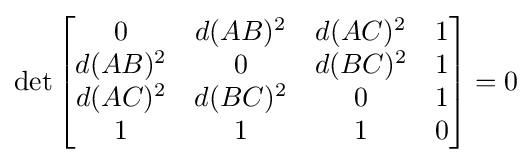
\det {\begin{bmatrix}0&d(AB)^{2}&d(AC)^{2}&1\\d(AB)^{2}&0&d(BC)^{2}&1\\d(AC)^{2}&d(BC)^{2}&0&1\\1&1&1&0\end{bmatrix}}=0